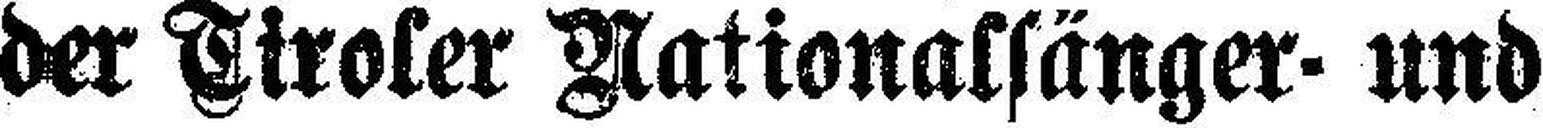
der Tiroler Nationalsänger- und